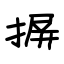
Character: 摒